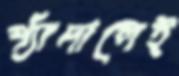
প্যাঁদালেই